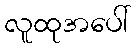
လူထုအပေါ်